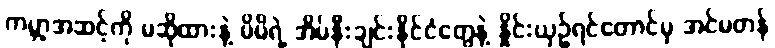
ကမ္ဘာ့အဆင့်ကို မဆိုထားနဲ့ မိမိရဲ့ အိမ်နီးချင်းနိုင်ငံတွေနဲ့ နှိုင်းယှဉ်ရင်တောင်မှ အင်မတန်